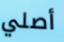
أصلي